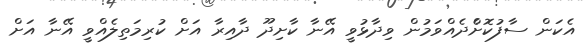
އެކަން ސާފުކޮށްެދެއްވަމުން ވިދާޅުވީ އޭނާ ކާށިދޫ ދާއިރާ އަށް ކުރިމަތިލެއްވީ އޭނާ އަށް